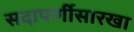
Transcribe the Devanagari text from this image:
सदापर्णीसारखा